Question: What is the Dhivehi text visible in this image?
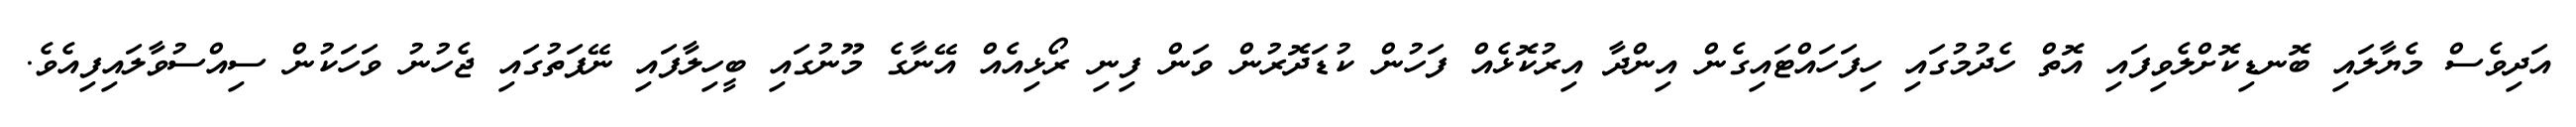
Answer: އަދިވެސް މެޔާލައި ބޮނޑިކޮށްލެވިފައި އޮތް ހެދުމުގައި ހިފަހައްޓައިގެން އިންދާ އިރުކޮޅެއް ފަހުން ކުޑަދޮރުން ވަން ފިނި ރޯޅިއެއް އޭނާގެ މޫނުގައި ބީހިލާފައި ނޭފަތުގައި ޖެހުނު ވަހަކުން ސިއްސުވާލައިފިއެވެ.